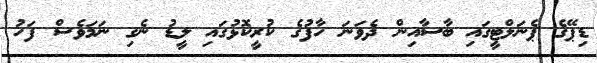
ޑިޕޭގެ ޕެނަލްޓީގައި ބާސާއިން ދެވަނަ ހާފުގެ ކުރީކޮޅުގައި ލީޑު ނެގި ނަމަވެސް ފަހު